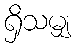
ရှိသမျှ